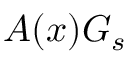
A ( \boldsymbol { x } ) G _ { s }